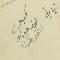
كفيل نخله جبرايل النخل طرزا